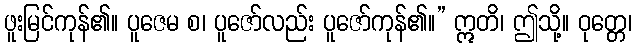
ဖူးမြင်ကုန်၏။ ပူဇေမ စ၊ ပူဇော်လည်း ပူဇော်ကုန်၏။” ဣတိ၊ ဤသို့။ ဝုတ္တေ၊